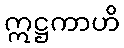
ဣဋ္ဌကာဟိ